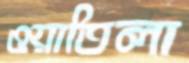
ওয়াতিলা